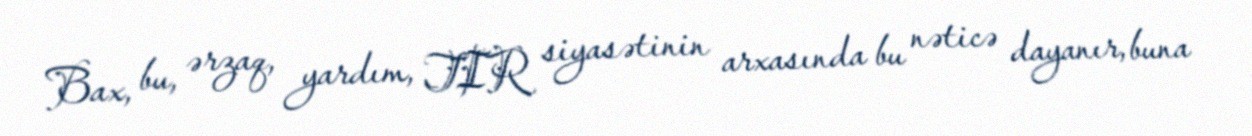
Bax, bu, ərzaq, yardım, TIR siyasətinin arxasında bu nəticə dayanır, buna